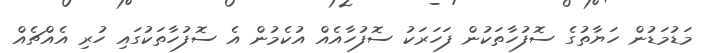
މަޑުމަޑުން ހަޔާތުގެ ސޮފުހާތަކުން ފަހަރަކު ސޮފުހާއެއް އުކެމުން އެ ސޮފުހާތަކުގައި ހުރި އެއްޗެއް